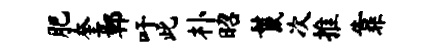
肥奎鄣吁此朴昭鬣次推靠